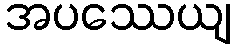
အပဿေယျ